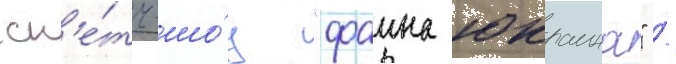
ск'е́тч-шо́у "фаина юкраина" /